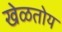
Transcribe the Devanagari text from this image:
खेळतोय